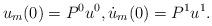
LaTeX: \begin{align*} u_m(0)=P^0 u^0, \dot u_m(0)=P^1 u^1.\end{align*}